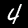
Label: 4